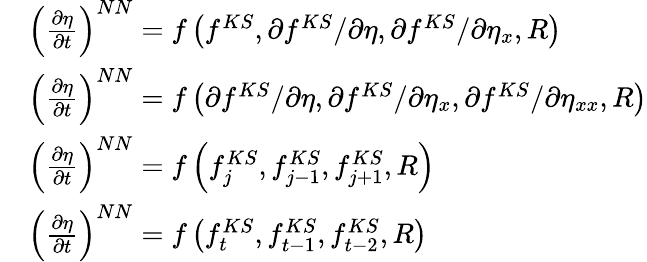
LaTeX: \begin{array}{rl}&{\left(\frac{\partial{\eta}}{\partial t}\right)^{NN}=f\left(f^{KS},\partial{f^{KS}}/\partial{\eta},\partial{f^{KS}}/\partial{\eta_{x}},R\right)}\\ &{\left(\frac{\partial{\eta}}{\partial t}\right)^{NN}=f\left(\partial{f^{KS}}/\partial{\eta},\partial{f^{KS}}/\partial{\eta_{x}},\partial{f^{KS}}/\partial{\eta_{xx}},R\right)}\\ &{\left(\frac{\partial{\eta}}{\partial t}\right)^{NN}=f\left(f_{j}^{KS},f_{j-1}^{KS},f_{j+1}^{KS},R\right)}\\ &{\left(\frac{\partial{\eta}}{\partial t}\right)^{NN}=f\left(f_{t}^{KS},f_{t-1}^{KS},f_{t-2}^{KS},R\right)}\end{array}